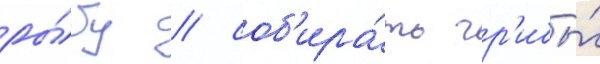
ры́бу / соб'ира́ть гр'ибы́